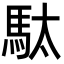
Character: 駄